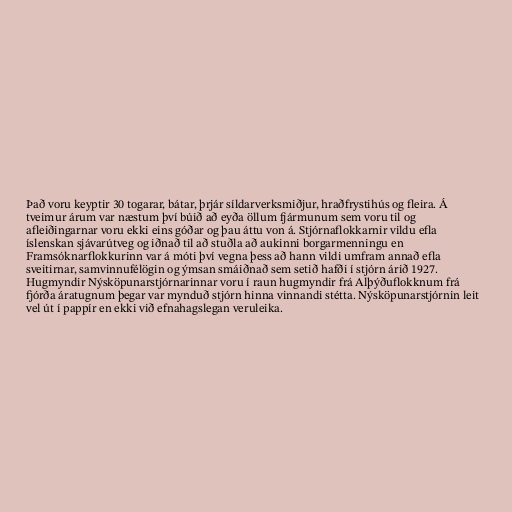
Það voru keyptir 30 togarar, bátar, þrjár síldarverksmiðjur, hraðfrystihús og fleira. Á
tveimur árum var næstum því búið að eyða öllum fjármunum sem voru til og
afleiðingarnar voru ekki eins góðar og þau áttu von á. Stjórnaflokkarnir vildu efla
íslenskan sjávarútveg og iðnað til að stuðla að aukinni borgarmenningu en
Framsóknarflokkurinn var á móti því vegna þess að hann vildi umfram annað efla
sveitirnar, samvinnufélögin og ýmsan smáiðnað sem setið hafði í stjórn árið 1927.
Hugmyndir Nýsköpunarstjórnarinnar voru í raun hugmyndir frá Alþýðuflokknum frá
fjórða áratugnum þegar var mynduð stjórn hinna vinnandi stétta. Nýsköpunarstjórnin leit
vel út í pappír en ekki við efnahagslegan veruleika.